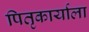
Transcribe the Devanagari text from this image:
पितृकार्याला